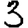
Digit: 3